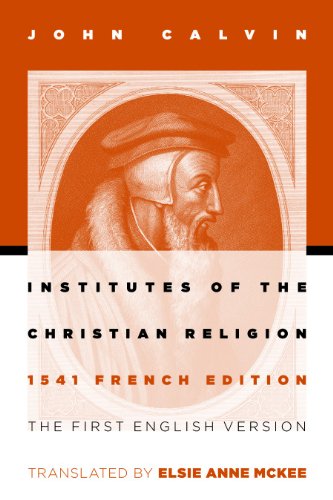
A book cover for Institutes of the Christian Religion: The First English Version of the 1541 French Edition; John Calvin; Christian Books & Bibles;